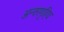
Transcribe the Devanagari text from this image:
अन्तरगृहिय